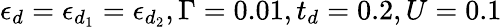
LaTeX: \epsilon_{d}=\epsilon_{d_{1}}=\epsilon_{d_{2}},\Gamma=0.01,t_{d}=0.2,U=0.1